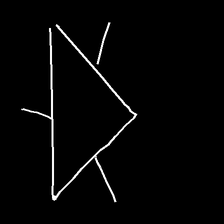
Glyph: fire